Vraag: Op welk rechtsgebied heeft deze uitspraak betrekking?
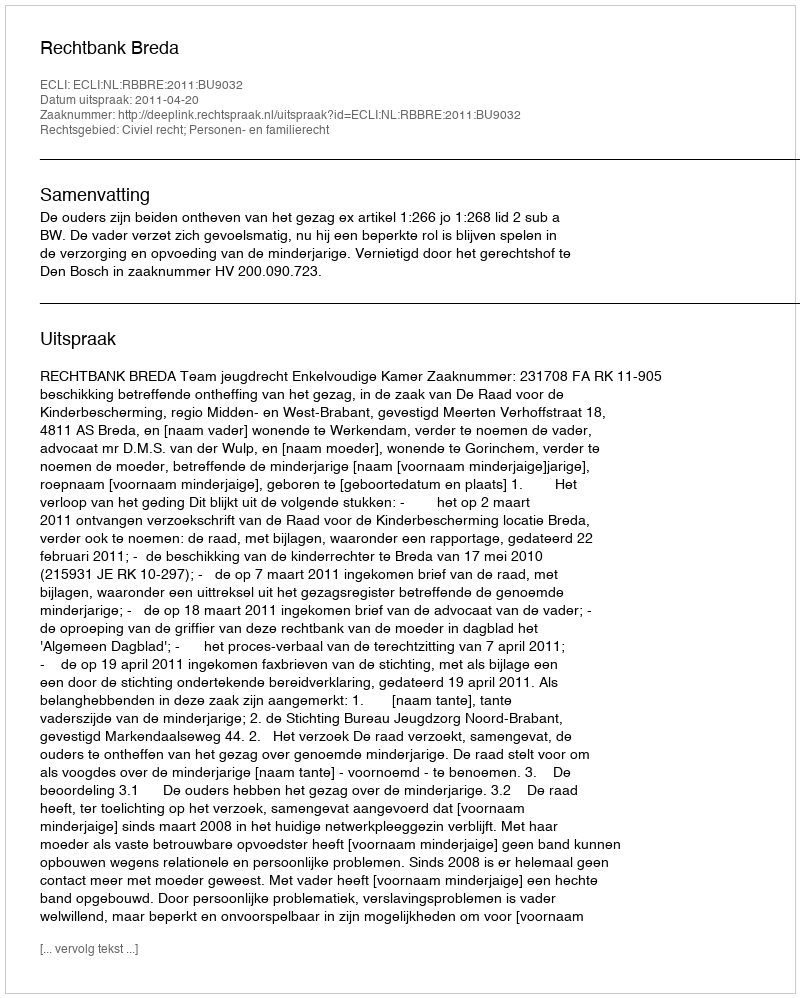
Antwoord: Civiel recht; Personen- en familierecht